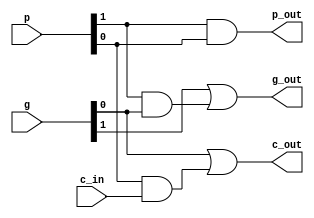
module g_p(g,p,c_in,g_out,p_out,c_out);
	input [1:0]g,p;
	input c_in;
	output g_out,p_out,c_out;
	
	assign g_out=g[1]|p[1]&g[0];
	assign p_out=p[1]&p[0];
	assign c_out=g[0]|p[0]&c_in;
	
	
endmodule